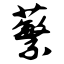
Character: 蘩